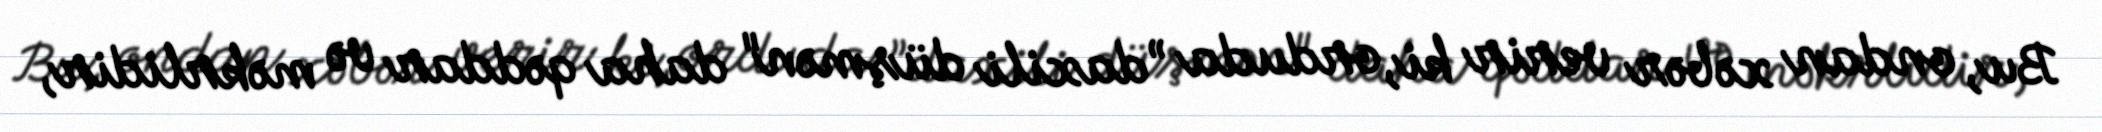
Bu, ondan xəbər verir ki, orduda ”daxili düşmən" daha qəddar və məkrlidir,